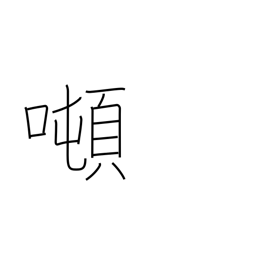
Meaning: tonnage